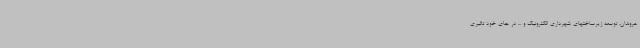
هروندان، توسعه زیرساختهای شهرداری الکترونیک و ... در جای خود تاثیری